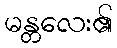
မန္တလေး၏